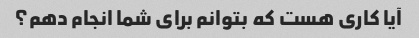
آیا کاری هست که بتوانم برای شما انجام دهم؟